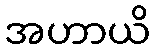
အဟာယိ